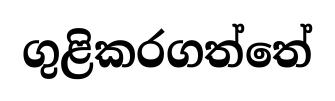
ගුළිකරගත්තේ